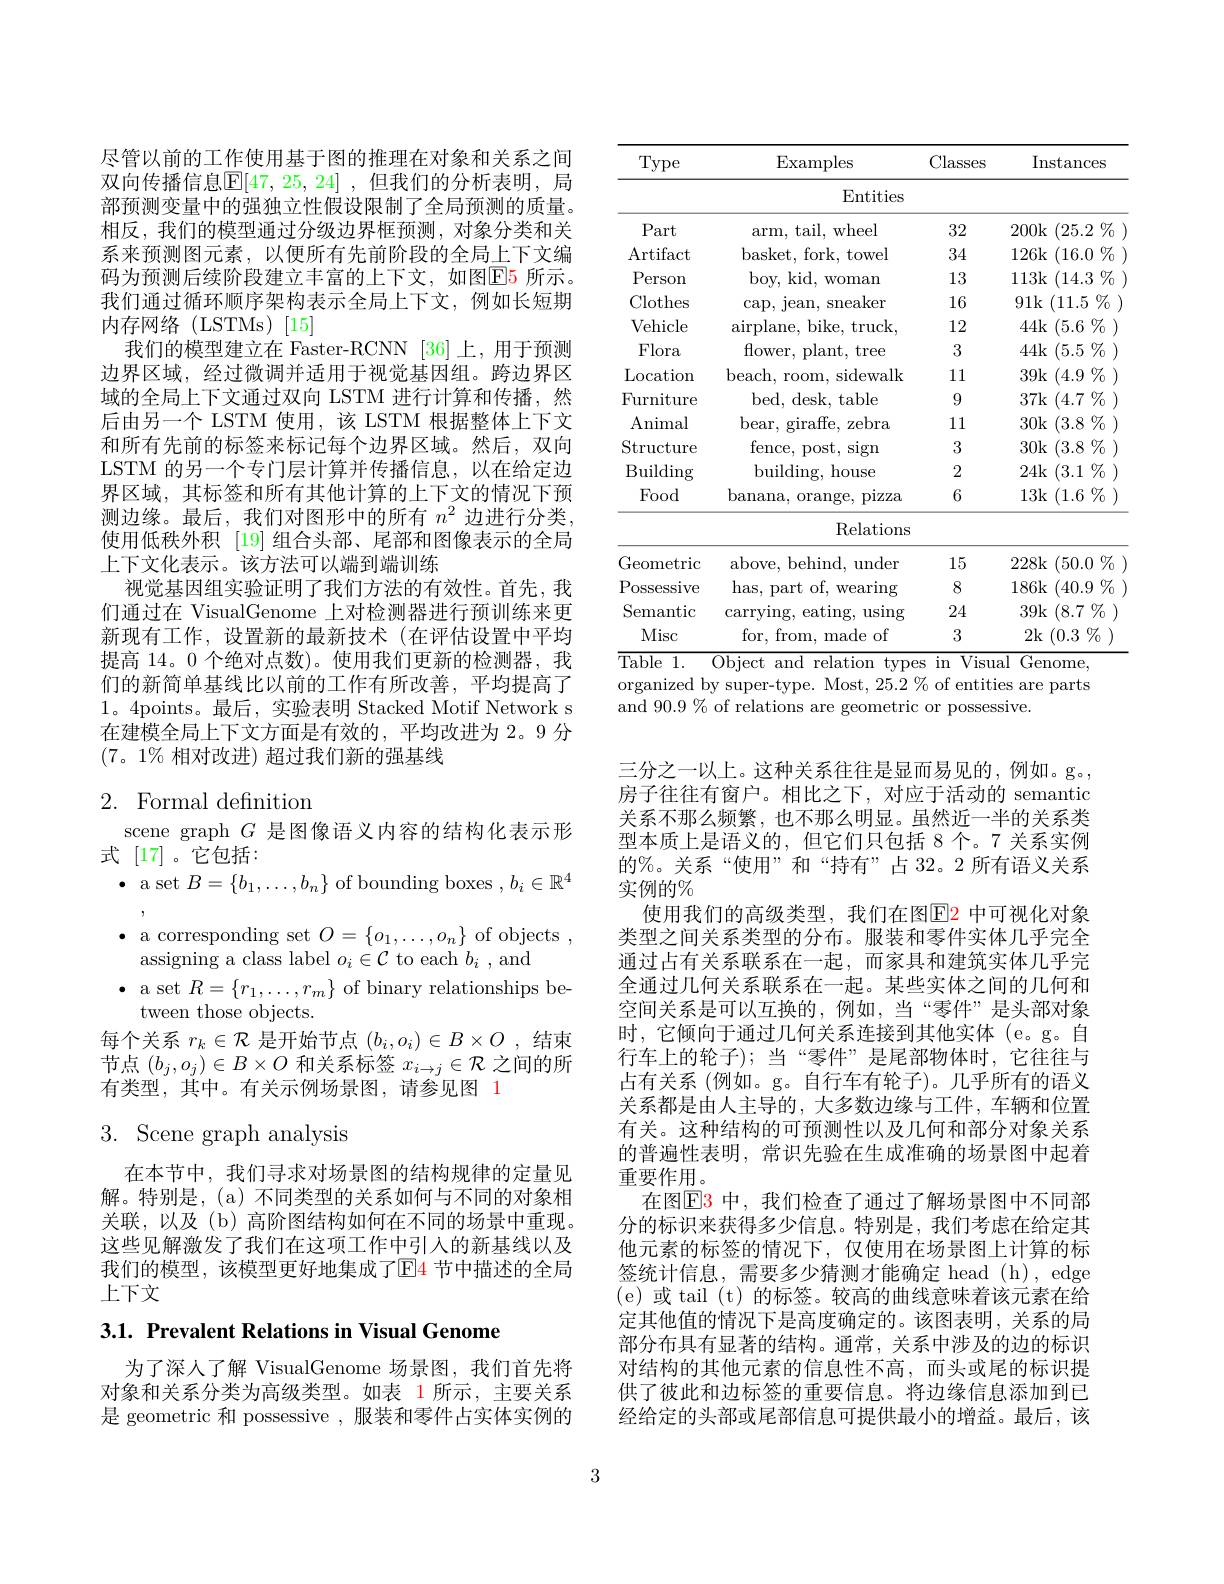
尽管以前的工作使用基于图的推理在对象和关系之间双向传播信息$\mathbb{E}[47,25,24]$ ,但我们的分析表明，局部预测变量中的强独立性假设限制了全局预测的质量。相反，我们的模型通过分级边界框预测，对象分类和关系来预测图元素，以便所有先前阶段的全局上下文编码为预测后续阶段建立丰富的上下文，如图$\color{red}{\mathrm{E}}\color{blue}{\mathrm{E}}\color{red}{\mathrm{5}}$所示。我们通过循环顺序架构表示全局上下文，例如长短期内存网络(LSTMs)[15]
我们的模型建立在 Faster-RCNN [36]上，用于预测边界区域，经过微调并适用于视觉基因组。跨边界区域的全局上下文通过双向 LSTM 进行计算和传播，然后由另一个 LSTM 使用，该 LSTM 根据整体上下文和所有先前的标签来标记每个边界区域。然后，双向LSTM 的另一个专门层计算并传播信息，以在给定边界区域，其标签和所有其他计算的上下文的情况下预测边缘。最后，我们对图形中的所有$n^2$边进行分类， 使用低秩外积 [19] 组合头部、尾部和图像表示的全局上下文化表示。该方法可以端到端训练
视觉基因组实验证明了我们方法的有效性。首先，我们通过在 VisualGenome 上对检测器进行预训练来更新现有工作，设置新的最新技术(在评估设置中平均提高 14。0 个绝对点数)。使用我们更新的检测器，我们的新简单基线比以前的工作有所改善，平均提高了1。4points。最后，实验表明 Stacked Motif Network s 在建模全局上下文方面是有效的，平均改进为 2。9 分$(7。1\%$相对改进)超过我们新的强基线

# 2. Formal definition

scene graph $G$是图像语义内容的结构化表示形
式[17]。它包括：
$\bullet$ a set $B=\{b_1,\ldots,b_n\}$ of bounding boxes $,b_i\in\mathbb{R}^4$ $\bullet$ a corresponding set $O=\{o_1,\ldots,o_n\}$ of objects ,
assigning a class label $o_i\in\mathcal{C}$ to each $b_i$, and
$\bullet$ a set $R=\{r_1,\ldots,r_m\}$ of binary relationships be-
tween those objects.
每个关系$r_k\in\mathcal{R}$是开始节点$(b_i,o_i)\in B\times O$ ,结束节点$(b_j,o_j)\in B\times O$和关系标签$x_i\to j\in\mathcal{R}$之间的所有类型，其中。有关示例场景图，请参见图 1

# 3. Scene graph analysis

在本节中，我们寻求对场景图的结构规律的定量见解。特别是，(a) 不同类型的关系如何与不同的对象相关联，以及(b) 高阶图结构如何在不同的场景中重现。这些见解激发了我们在这项工作中引入的新基线以及我们的模型，该模型更好地集成了$\color{red}{\mathrm{E}}\color{blue}{\mathrm{E}}\color{red}{\mathrm{4}}$节中描述的全局上下文

3.1. Prevalent Relations in Visual Genome

为了深人了解 VisualGenome 场景图，我们首先将对象和关系分类为高级类型。如表 1 所示，主要关系是 geometric 和 possessive , 服装和零件占实体实例的

<table>
	<tbody>
		<tr>
			<th>Type</th>
			<th>Examples</th>
			<th>Classes</th>
			<th>Instances</th>
		</tr>
		<tr>
			<td> </td>
			<td>Entities</td>
			<td> </td>
			<td> </td>
		</tr>
		<tr>
			<td>Part</td>
			<td>wheel $arm$, $tail$,</td>
			<td>32</td>
			<td>200k (25.2 $\%$</td>
		</tr>
		<tr>
			<td>$\operatorname{Artifact}$</td>
			<td>basket, fork, towel</td>
			<td>34</td>
			<td>126k (16.0 $\%_{0}$ </td>
		</tr>
		<tr>
			<td>Person</td>
			<td>boy, kid, woman</td>
			<td>13</td>
			<td>113k (14.3 3 $\%$ T</td>
		</tr>
		<tr>
			<td>Clothes</td>
			<td>cap, iean, sneaker</td>
			<td>16</td>
			<td>91k (11.5 $\%\%$ -</td>
		</tr>
		<tr>
			<td>Vehicle</td>
			<td>$\operatorname{airplane,b}$ bike, truck</td>
			<td>12</td>
			<td>44k $(5.6\%$</td>
		</tr>
		<tr>
			<td>Flora</td>
			<td>${\mathrm{flower,~plant,~tree}}$ ·</td>
			<td>3</td>
			<td>44k $(5.5\%$</td>
		</tr>
		<tr>
			<td>Location</td>
			<td>beach, room, sidewalk</td>
			<td>11</td>
			<td>39k (4.9 $\%$</td>
		</tr>
		<tr>
			<td>Furniture</td>
			<td>bed, desk, table</td>
			<td>9</td>
			<td>37k (4.7 $\%_{0}$</td>
		</tr>
		<tr>
			<td>Animal</td>
			<td>$bear$, , giraffe, zebra</td>
			<td>111</td>
			<td>30k (3.8 $\%$</td>
		</tr>
		<tr>
			<td>Structure</td>
			<td>fence, post, s sign</td>
			<td>3</td>
			<td>30k (3.8 $\%$</td>
		</tr>
		<tr>
			<td>$\operatorname{Building}$</td>
			<td>building, h house</td>
			<td>2</td>
			<td>24k (3.1 $\%$</td>
		</tr>
		<tr>
			<td>Food</td>
			<td>banana, orange, pizza</td>
			<td>6</td>
			<td>13k $(1.6\%)$</td>
		</tr>
		<tr>
			<td> </td>
			<td>Relations</td>
			<td> </td>
			<td> </td>
		</tr>
		<tr>
			<td>Geometric</td>
			<td>above, behind, under</td>
			<td>15</td>
			<td>228k (50.0 $J/07_0$ 1</td>
		</tr>
		<tr>
			<td>Possessive</td>
			<td>has, part $of.$ wearing</td>
			<td>8</td>
			<td>186k (40.9 $9\%$</td>
		</tr>
		<tr>
			<td>Semantic</td>
			<td>$\operatorname{carrying}$, eating $\operatorname{using}$</td>
			<td>24</td>
			<td>39k (8.7 $\%_{0}$</td>
		</tr>
		<tr>
			<td>Misc</td>
			<td>for, from, made of</td>
			<td>3</td>
			<td>2k $(0.3\%$ 1 </td>
		</tr>
	</tbody>
</table>
relation types in Visual Genome

organized by super-type. Most, 25.2% of entities are parts
and 90.9 % of relations are geometric or possessive.

三分之一以上。这种关系往往是显而易见的，例如。g。, 房子往往有窗户。相比之下，对应于活动的 semantic 关系不那么频繁，也不那么明显。虽然近一半的关系类型本质上是语义的，但它们只包括 8 个。7 关系实例的%。关系“使用”和“持有”占 32。2 所有语义关系实例的$\%$
使用我们的高级类型，我们在图$\color{red}{\mathrm{E2}}$ 中可视化对象类型之间关系类型的分布。服装和零件实体几乎完全通过占有关系联系在一起，而家具和建筑实体几乎完全通过几何关系联系在一起。某些实体之间的几何和空间关系是可以互换的，例如，当“零件”是头部对象时，它倾向于通过几何关系连接到其他实体(e。g。自行车上的轮子);当“零件”是尾部物体时，它往往与占有关系 (例如。g。自行车有轮子)。几乎所有的语义关系都是由人主导的，大多数边缘与工件，车辆和位置有关。这种结构的可预测性以及几何和部分对象关系的普遍性表明，常识先验在生成准确的场景图中起着重要作用。
在图$\color{red}{\mathrm{E3}}$ 中，我们检查了通过了解场景图中不同部分的标识来获得多少信息。特别是，我们考虑在给定其他元素的标签的情况下，仅使用在场景图上计算的标签统计信息，需要多少猜测才能确定 head (h), edge (e)或 tail (t) 的标签。较高的曲线意味着该元素在给定其他值的情况下是高度确定的。该图表明，关系的局部分布具有显著的结构。通常，关系中涉及的边的标识对结构的其他元素的信息性不高，而头或尾的标识提供了彼此和边标签的重要信息。将边缘信息添加到已经给定的头部或尾部信息可提供最小的增益。最后，该

3